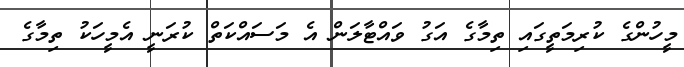
މީހުންގެ ކުރިމަތީގައި ތިމާގެ އަގު ވައްޓާލަން އެ މަސައްކަތް ކުރަނީ އެމީހަކު ތިމާގެ